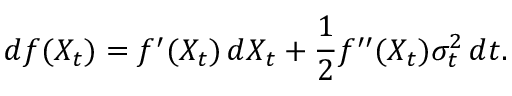
d f ( X _ { t } ) = f ^ { \prime } ( X _ { t } ) \, d X _ { t } + { \frac { 1 } { 2 } } f ^ { \prime \prime } ( X _ { t } ) \sigma _ { t } ^ { 2 } \, d t .